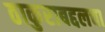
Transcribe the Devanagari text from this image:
ठाकुराबद्दलचा